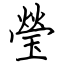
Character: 瑩